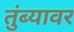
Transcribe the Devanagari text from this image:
तुंब्यावर